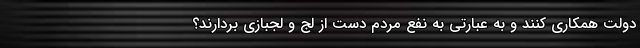
دولت همکاری کنند و به عبارتی به نفع مردم دست از لج و لجبازی بردارند؟